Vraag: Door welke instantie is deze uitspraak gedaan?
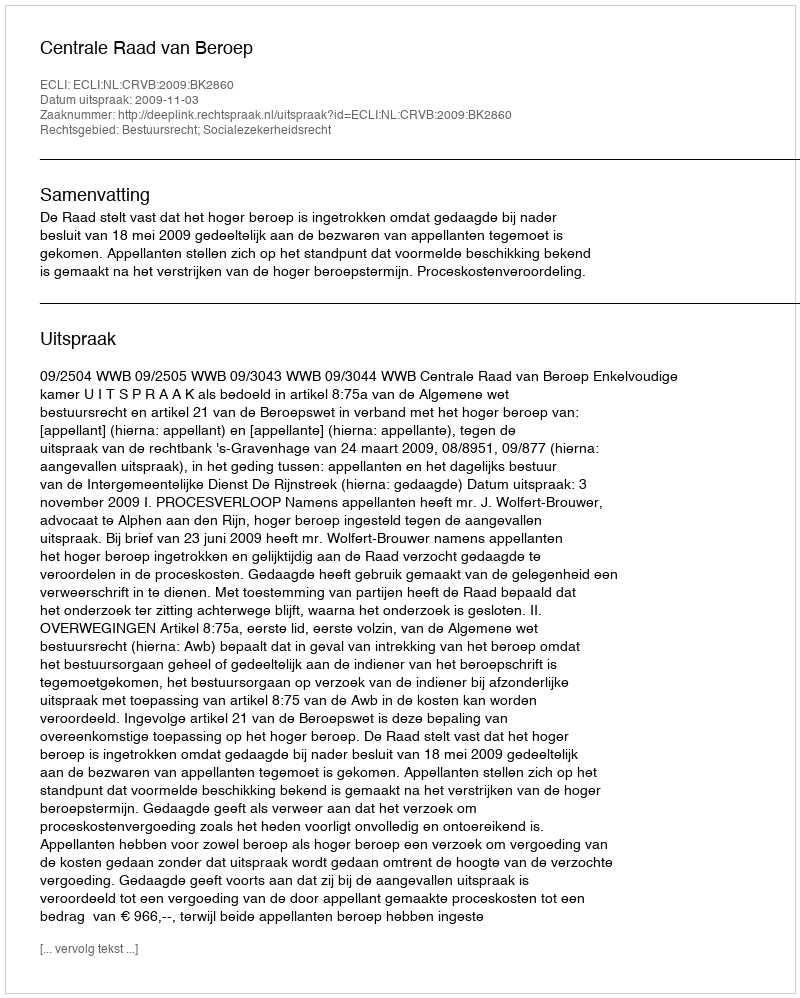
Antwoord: Centrale Raad van Beroep